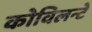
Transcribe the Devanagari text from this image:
कोविलन्टे